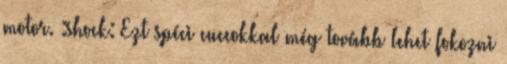
motor. :shock: Ezt spéci cuccokkal még tovább lehet fokozni